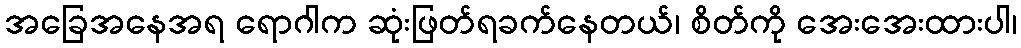
အခြေအနေအရ ရောဂါက ဆုံးဖြတ်ရခက်နေတယ်၊ စိတ်ကို အေးအေးထားပါ၊